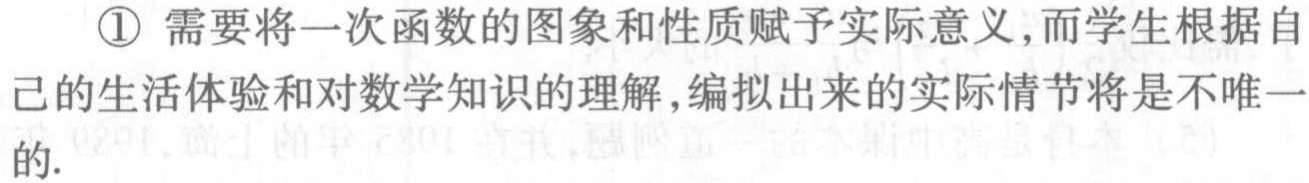
\textcircled{1} 需要将一次函数的图象和性质赋予实际意义,而学生根据自己的生活体验和对数学知识的理解,编拟出来的实际情节将是不唯一的.